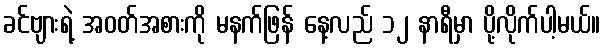
ခင်ဗျားရဲ့ အဝတ်အစားကို မနက်ဖြန် နေ့လည် ၁၂ နာရီမှာ ပို့လိုက်ပါ့မယ်။